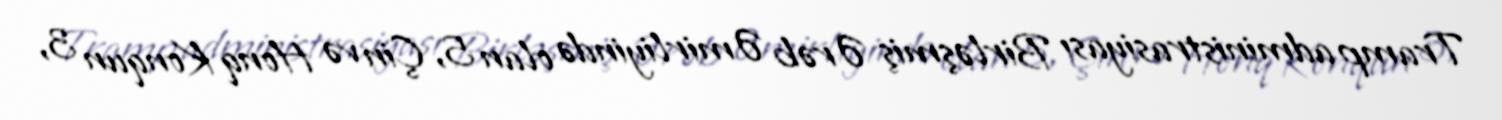
Tramp administrasiyası Birləşmiş Ərəb Əmirliyində olan 5, Çin və Honq Konqun 3,